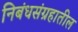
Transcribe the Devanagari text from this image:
निबंधसंग्रहातील